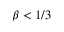
\beta < 1 / 3